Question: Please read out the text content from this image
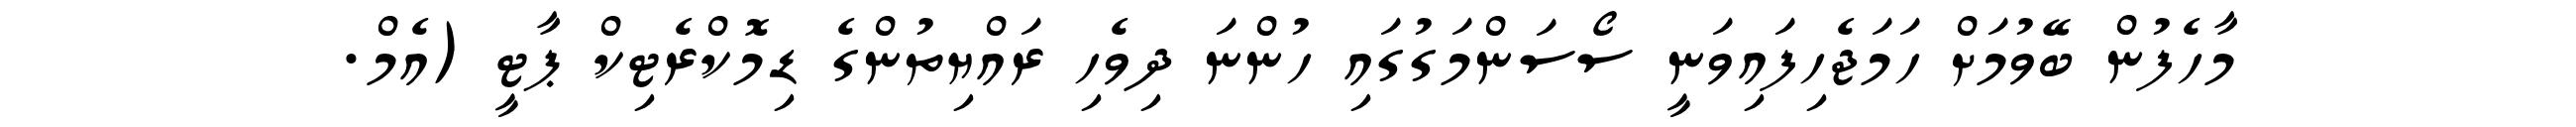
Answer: މާހެފުން ބޭވުމަށް ހަމަޖެހިފައިވަނީ ސޯސަންމަގުގައި ހުންނަ ދިވެހި ރައްޔިތުންގެ ޑިމޮކްރެޓިކް ޕާޓީ (އެމް.